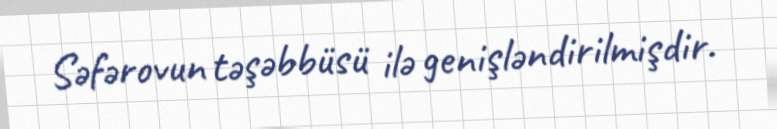
Səfərovun təşəbbüsü ilə genişləndirilmişdir.